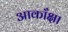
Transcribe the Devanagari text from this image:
आकाँक्षा